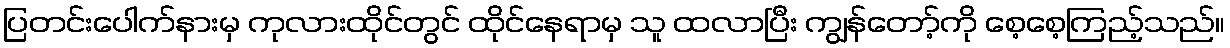
ပြတင်းပေါက်နားမှ ကုလားထိုင်တွင် ထိုင်နေရာမှ သူ ထလာပြီး ကျွန်တော့်ကို စေ့စေ့ကြည့်သည်။